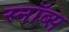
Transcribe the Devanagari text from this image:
स्नॉब्स